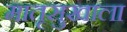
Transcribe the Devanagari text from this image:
मातृसुखाला